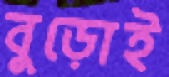
বুড়োই